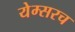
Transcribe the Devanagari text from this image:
येम्सरच